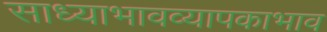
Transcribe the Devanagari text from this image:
साध्याभावव्यापकाभाव